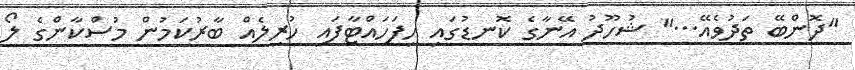
"ދޮންބޭ ތަދުވެއޭ..." ޝުހޫދު އޭނާގެ ކޮނޑުގައި ހިފަހައްޓާފައި ހުރިލެއް ބާރުކަމުން މުސްކާންގެ ލޯ